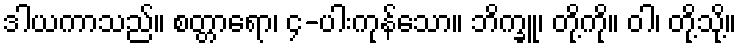
ဒါယကာသည်။ စတ္တာရော၊ ၄-ပါးကုန်သော။ ဘိက္ခူ၊ တို့ကို။ ဝါ၊ တို့သို့။